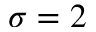
\sigma = 2